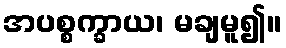
အပစ္စက္ခာယ၊ မချမူ၍။